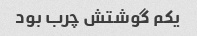
یکم گوشتش چرب بود